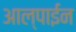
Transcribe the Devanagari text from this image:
आल्पाईन